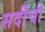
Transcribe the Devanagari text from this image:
सर्दीची